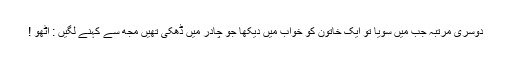
دوسری مرتبہ جب میں سویا تو ایک خاتون کو خواب میں دیکھا جو چادر میں ڈھکی تھیں مجھ سے کہنے لگیں : اٹھو !